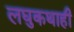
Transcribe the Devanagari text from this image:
लघुकथाही